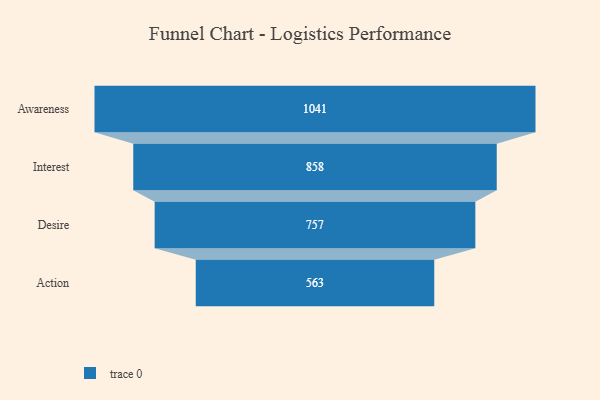
{"axis": {"x": "Stage", "y": "Value"}, "legend": [""], "data": [{"x": "Awareness", "y": 1041.0, "type": ""}, {"x": "Interest", "y": 858.0, "type": ""}, {"x": "Desire", "y": 757.0, "type": ""}, {"x": "Action", "y": 563.0, "type": ""}]}